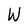
Character: W